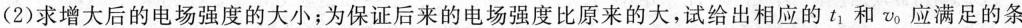
(2)求增大后的电场强度的大小；为保证后来的电场强度比原来的大，试给出相应的t_{1}和v_{0}应满足的条